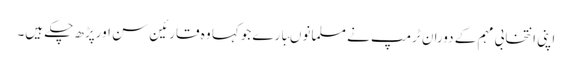
اپنی انتخابی مہم کے دوران ٹرمپ نے مسلمانوںبارے جوکہا وہ قارئین سن اورپڑھ چکے ہیں۔